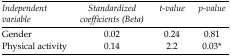
<table><thead><tr><td><b>Independent variable</b></td><td><b>Standardized coefficients (Beta)</b></td><td><b>t-value</b></td><td><b>p-value</b></td></tr></thead><tbody><tr><td>Gender</td><td>0.02</td><td>0.24</td><td>0.81</td></tr><tr><td>Physical activity</td><td>0.14</td><td>2.2</td><td>0.03*</td></tr></tbody></table>